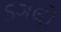
ડગલો